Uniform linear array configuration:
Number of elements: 16
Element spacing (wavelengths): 0.25
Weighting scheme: cosine
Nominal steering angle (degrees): -45
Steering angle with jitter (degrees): -44.921
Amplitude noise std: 0.05
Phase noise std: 0.05

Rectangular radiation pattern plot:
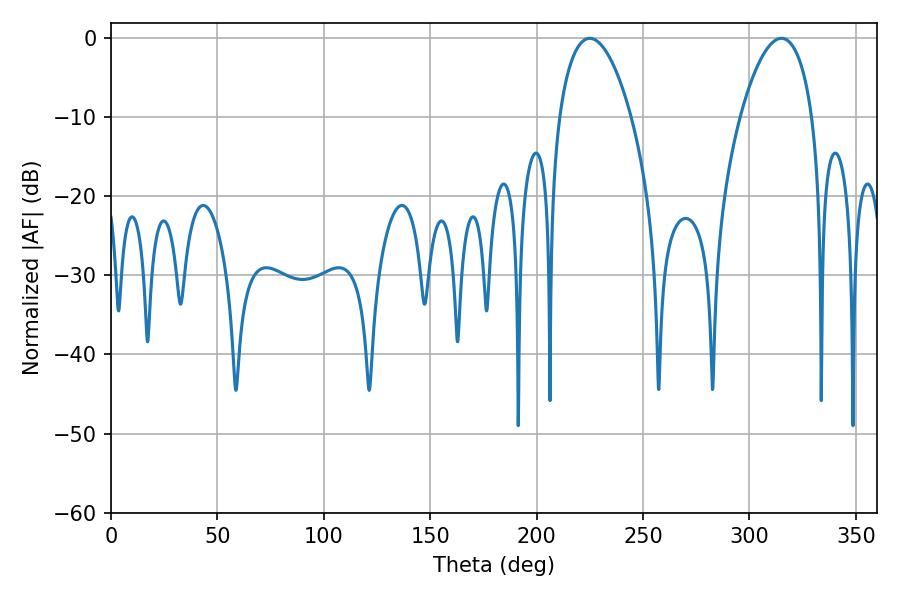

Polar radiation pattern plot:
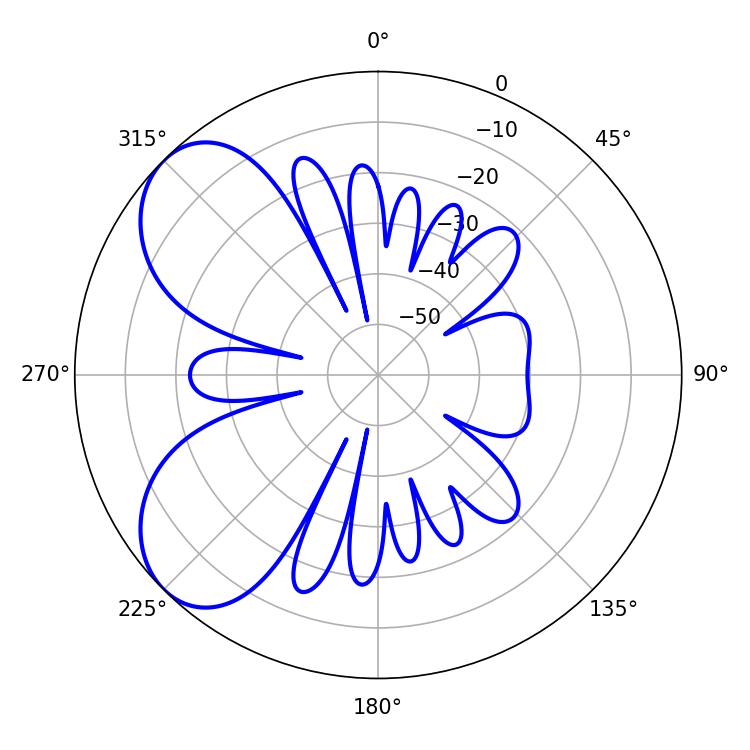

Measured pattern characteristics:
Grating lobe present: FALSE
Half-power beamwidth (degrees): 18.9
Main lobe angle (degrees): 225